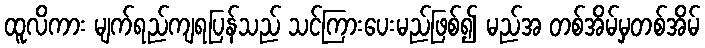
ထူလိကား မျက်ရည်ကျရပြန်သည် သင်ကြားပေးမည်ဖြစ်၍ မည်အ တစ်အိမ်မှတစ်အိမ်